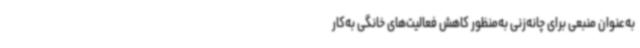
به‌عنوان منبعی برای چانه‌زنی به‌منظور کاهش فعالیت‌های خانگی به‌کار